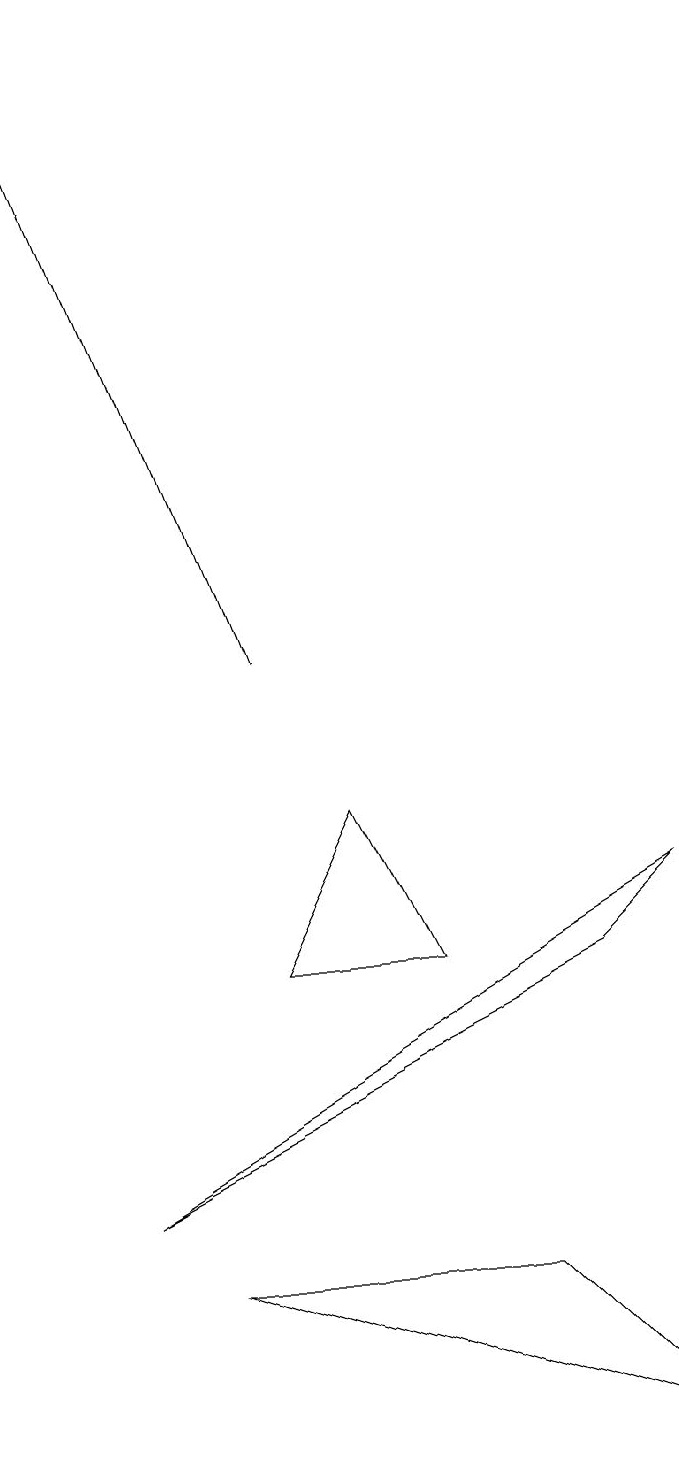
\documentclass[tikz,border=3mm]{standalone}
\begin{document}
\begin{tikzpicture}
\draw (6,7) -- (4,7) -- (5,9) -- cycle;
\draw (2,4) -- (9,8) -- (8,7) -- cycle;
\draw[->] (4,11) -- (1,19);
\draw (9,1) -- (7,3) -- (3,3) -- cycle;
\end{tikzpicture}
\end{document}